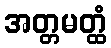
အတ္တမတ္ထံ